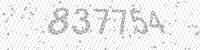
Solution: 837754